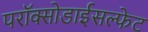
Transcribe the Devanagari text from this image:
परॉक्सोडाईसल्फेट